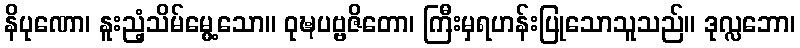
နိပုဏော၊ နူးညံ့သိမ်မွေ့သော။ ဝုဍ္ဎပဗ္ဗဇိတော၊ ကြီးမှရဟန်းပြုသောသူသည်။ ဒုလ္လဘော၊